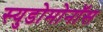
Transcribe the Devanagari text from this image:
स्युडोमोनॉस